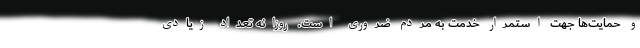
و حمایت‌ها جهت استمرار خدمت به مردم ضروری است. روزانه تعداد زیادی